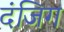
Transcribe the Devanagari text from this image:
दंजिग